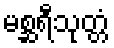
မစ္ဆရီသုတ္တံ